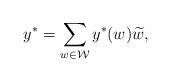
LaTeX: \begin{align*} y^* = \sum_{w \in \mathcal{W}} y^*(w) \widetilde{w}, \end{align*}